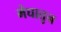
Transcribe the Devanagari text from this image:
मेघातुन